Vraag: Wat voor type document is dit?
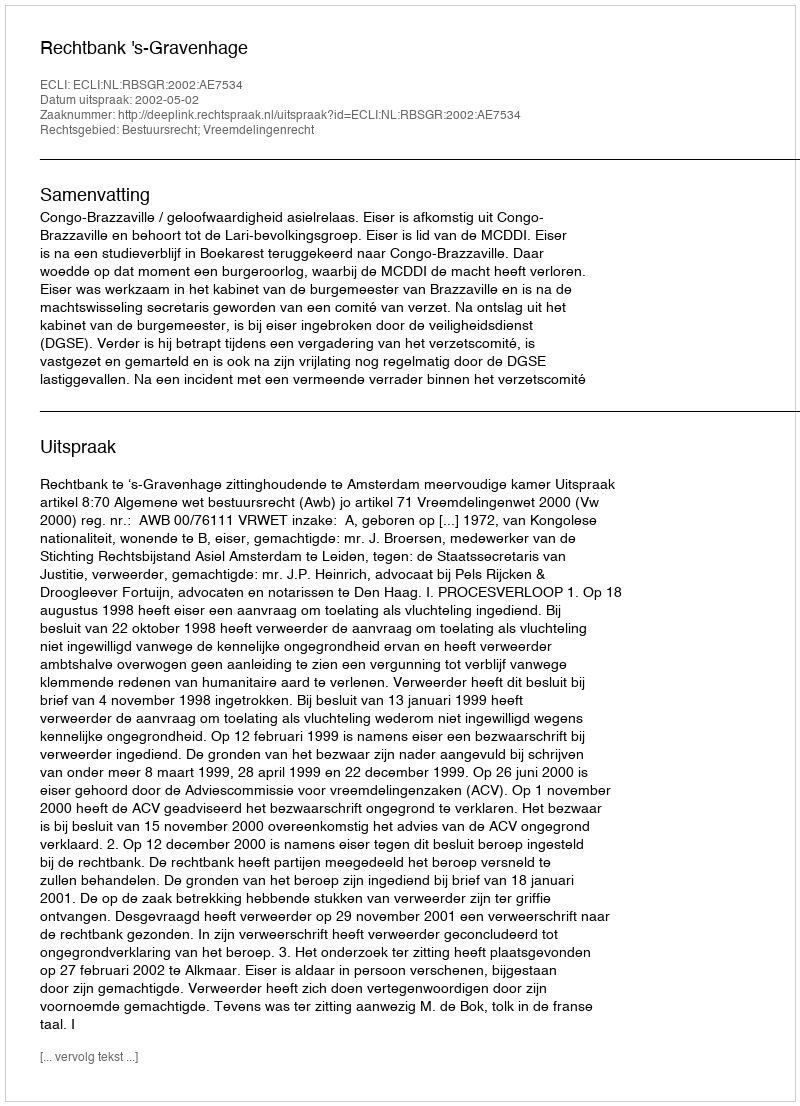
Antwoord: Uitspraak